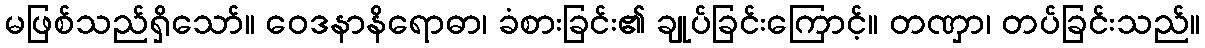
မဖြစ်သည်ရှိသော်။ ဝေဒနာနိရောဓာ၊ ခံစားခြင်း၏ ချုပ်ခြင်းကြောင့်။ တဏှာ၊ တပ်ခြင်းသည်။